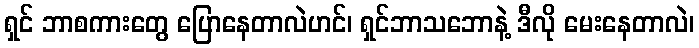
ရှင် ဘာစကားတွေ ပြောနေတာလဲဟင်၊ ရှင်ဘာသဘောနဲ့ ဒီလို မေးနေတာလဲ၊